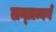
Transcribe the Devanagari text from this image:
लग्ज़म्बर्ग